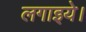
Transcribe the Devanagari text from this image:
लगाइये।